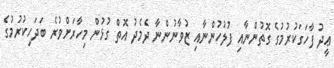
ޢީދު ފާހަގަކުރުމުގެ ގޮތުންނާއި ފުލުހުންނާއި ޒުވާނުންނާ ދެމެދު އޮތް ގުޅުން މިހާރަށްވުރެ ބަދަހިކުރުމުގެ